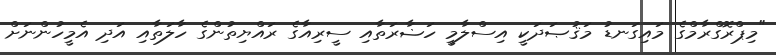
"މިޕްރޮގްރާމްގެ މައިގަނޑު މަޤުޞަދަކީ އިސްލާމީ ހަޟާރަތާއި ސީރިއާގެ ރައްޔިތުންގެ ހާލަތާއި އަދި އެމީހުންނަށް